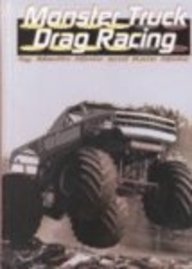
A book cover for Monster Truck Drag Racing (Drag Racing (Capstone)); Martin Hintz; Teen & Young Adult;